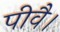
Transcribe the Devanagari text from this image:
पीवै।